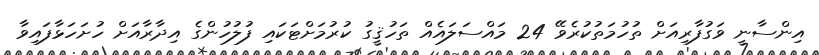
އިންސާނީ ވަގުފާރިއަށް ތުހުމަތުކުރެވޭ 24 މައްސަލައެއް ތަހުޤީގު ކުރުމަށްޓަކައި ފުލުހުންގެ އިދާރާއަށް ހުށަހަޅާފައިވާ